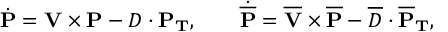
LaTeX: \dot { \mathbf { P } } = \mathbf { V } \times \mathbf { P } - D \cdot \mathbf { P _ { T } } , \qquad \dot { \mathbf { \overline { { { P } } } } } = \mathbf { \overline { { { V } } } } \times \mathbf { \overline { { { P } } } } - \overline { { { D } } } \cdot \mathbf { \overline { { { P } } } _ { T } } ,